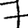
Digit: 7